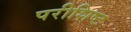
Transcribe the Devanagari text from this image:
परीशिष्ट